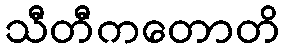
သီတီကတောတိ